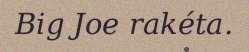
Big Joe rakéta.